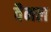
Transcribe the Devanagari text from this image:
वैनल